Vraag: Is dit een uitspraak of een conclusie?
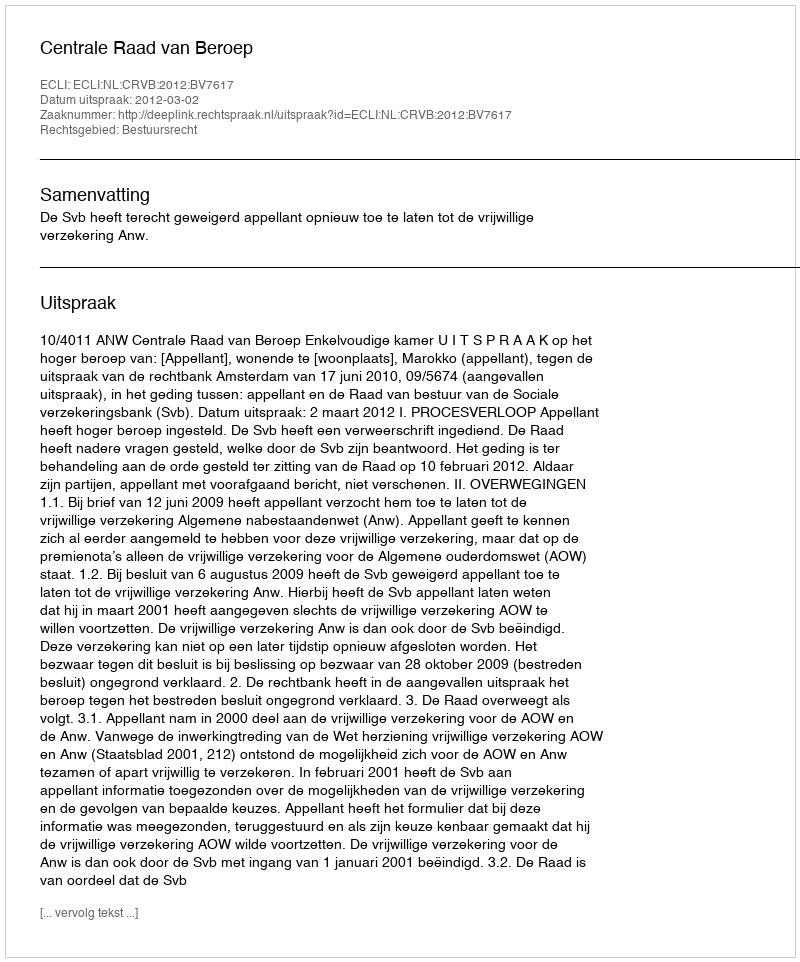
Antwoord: Uitspraak